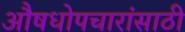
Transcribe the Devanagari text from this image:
औषधोपचारांसाठी